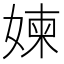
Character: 媡